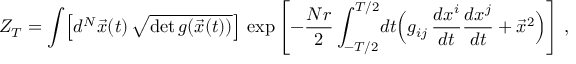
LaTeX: { \cal Z } _ { T } = \int \! \left[ d ^ { N } \vec { x } ( t ) \, \sqrt { \operatorname * { d e t } g ( \vec { x } ( t ) ) } \right] \, \exp \left[ - { \frac { N r } { 2 } } \int _ { - T / 2 } ^ { T / 2 } \! d t \Bigl ( g _ { i j } \, { \frac { d x ^ { i } } { d t } } { \frac { d x ^ { j } } { d t } } + { \vec { x } } ^ { 2 } \Bigr ) \right] \, ,